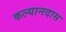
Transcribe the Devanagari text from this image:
कल्यानदास